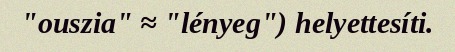
"ouszia" ≈ "lényeg") helyettesíti.